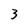
Character: 3